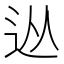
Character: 𨑹